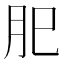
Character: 𦘺